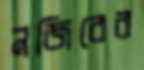
নজিরের